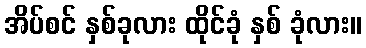
အိပ်စင် နှစ်ခုလား ထိုင်ခုံ နှစ် ခုံလား။